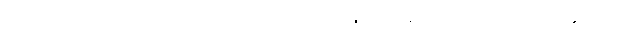
အခုတော့လိုင်းပေါ်တွင်လက်ဝဲဘက် ကိုခလုတ်နှိပ်ခြင်းနှင့်ကိုင်သည်လမ်းညွှန်ဆွဲယူပါ။